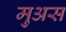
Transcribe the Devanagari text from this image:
मुअस